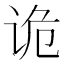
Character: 诡